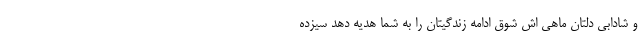
و شادابی دلتان ماهی اش شوق ادامه زندگیتان را به شما هدیه دهد سیزده